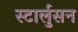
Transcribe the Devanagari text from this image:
स्टार्लुसन